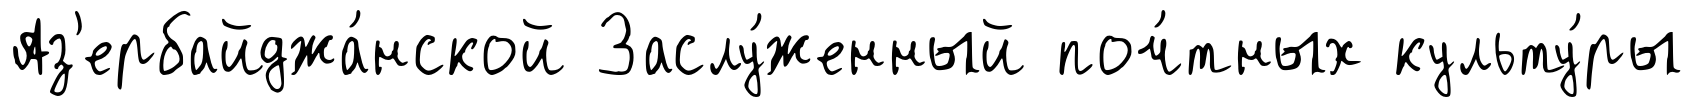
Аз'ербайджа́нской Заслу́женный поч́тных культу́ры